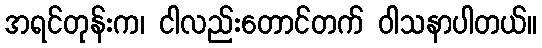
အရင်တုန်းက၊ ငါလည်းတောင်တက် ဝါသနာပါတယ်။